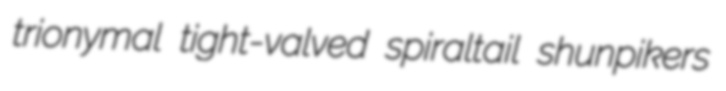
trionymal tight-valved spiraltail shunpikers